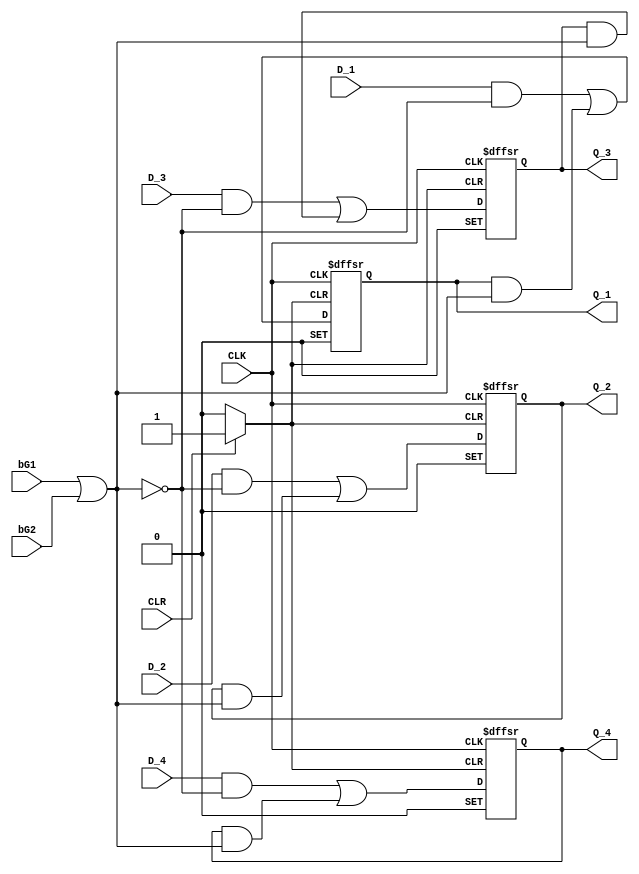
// Copyright (C) 2018  Intel Corporation. All rights reserved.
// Your use of Intel Corporation's design tools, logic functions 
// and other software and tools, and its AMPP partner logic 
// functions, and any output files from any of the foregoing 
// (including device programming or simulation files), and any 
// associated documentation or information are expressly subject 
// to the terms and conditions of the Intel Program License 
// Subscription Agreement, the Intel Quartus Prime License Agreement,
// the Intel FPGA IP License Agreement, or other applicable license
// agreement, including, without limitation, that your use is for
// the sole purpose of programming logic devices manufactured by
// Intel and sold by Intel or its authorized distributors.  Please
// refer to the applicable agreement for further details.

// PROGRAM		"Quartus Prime"
// VERSION		"Version 18.1.0 Build 625 09/12/2018 SJ Lite Edition"
// CREATED		"Sat Dec 11 20:33:05 2021"

module IC_74LS173_RTL(
	bG1,
	bG2,
	CLK,
	CLR,
	D_1,
	D_2,
	D_3,
	D_4,
	Q_1,
	Q_2,
	Q_3,
	Q_4
);


input wire	bG1;
input wire	bG2;
input wire	CLK;
input wire	CLR;
input wire	D_1;
input wire	D_2;
input wire	D_3;
input wire	D_4;
output wire	Q_1;
output wire	Q_2;
output wire	Q_3;
output wire	Q_4;

reg	DFF_DFF_1;
wire	SYNTHESIZED_WIRE_29;
wire	SYNTHESIZED_WIRE_30;
reg	DFF_D_FF2;
reg	DFF_D_FF3;
reg	DFF_D_FF4;
wire	SYNTHESIZED_WIRE_31;
wire	SYNTHESIZED_WIRE_9;
wire	SYNTHESIZED_WIRE_32;
wire	SYNTHESIZED_WIRE_12;
wire	SYNTHESIZED_WIRE_15;
wire	SYNTHESIZED_WIRE_18;
wire	SYNTHESIZED_WIRE_21;
wire	SYNTHESIZED_WIRE_22;
wire	SYNTHESIZED_WIRE_23;
wire	SYNTHESIZED_WIRE_24;
wire	SYNTHESIZED_WIRE_25;
wire	SYNTHESIZED_WIRE_26;
wire	SYNTHESIZED_WIRE_27;
wire	SYNTHESIZED_WIRE_28;

assign	Q_1 = DFF_DFF_1;
assign	Q_2 = DFF_D_FF2;
assign	Q_3 = DFF_D_FF3;
assign	Q_4 = DFF_D_FF4;
assign	SYNTHESIZED_WIRE_32 = 1;



assign	SYNTHESIZED_WIRE_22 = DFF_DFF_1 & SYNTHESIZED_WIRE_29;

assign	SYNTHESIZED_WIRE_21 = D_1 & SYNTHESIZED_WIRE_30;

assign	SYNTHESIZED_WIRE_24 = DFF_D_FF2 & SYNTHESIZED_WIRE_29;

assign	SYNTHESIZED_WIRE_23 = D_2 & SYNTHESIZED_WIRE_30;

assign	SYNTHESIZED_WIRE_26 = DFF_D_FF3 & SYNTHESIZED_WIRE_29;

assign	SYNTHESIZED_WIRE_25 = D_3 & SYNTHESIZED_WIRE_30;

assign	SYNTHESIZED_WIRE_28 = DFF_D_FF4 & SYNTHESIZED_WIRE_29;

assign	SYNTHESIZED_WIRE_27 = D_4 & SYNTHESIZED_WIRE_30;

assign	SYNTHESIZED_WIRE_30 = ~(bG1 | bG2);


always@(posedge CLK or negedge SYNTHESIZED_WIRE_31 or negedge SYNTHESIZED_WIRE_32)
begin
if (!SYNTHESIZED_WIRE_31)
	begin
	DFF_D_FF2 <= 0;
	end
else
if (!SYNTHESIZED_WIRE_32)
	begin
	DFF_D_FF2 <= 1;
	end
else
	begin
	DFF_D_FF2 <= SYNTHESIZED_WIRE_9;
	end
end


always@(posedge CLK or negedge SYNTHESIZED_WIRE_31 or negedge SYNTHESIZED_WIRE_32)
begin
if (!SYNTHESIZED_WIRE_31)
	begin
	DFF_D_FF3 <= 0;
	end
else
if (!SYNTHESIZED_WIRE_32)
	begin
	DFF_D_FF3 <= 1;
	end
else
	begin
	DFF_D_FF3 <= SYNTHESIZED_WIRE_12;
	end
end


always@(posedge CLK or negedge SYNTHESIZED_WIRE_31 or negedge SYNTHESIZED_WIRE_32)
begin
if (!SYNTHESIZED_WIRE_31)
	begin
	DFF_D_FF4 <= 0;
	end
else
if (!SYNTHESIZED_WIRE_32)
	begin
	DFF_D_FF4 <= 1;
	end
else
	begin
	DFF_D_FF4 <= SYNTHESIZED_WIRE_15;
	end
end


always@(posedge CLK or negedge SYNTHESIZED_WIRE_31 or negedge SYNTHESIZED_WIRE_32)
begin
if (!SYNTHESIZED_WIRE_31)
	begin
	DFF_DFF_1 <= 0;
	end
else
if (!SYNTHESIZED_WIRE_32)
	begin
	DFF_DFF_1 <= 1;
	end
else
	begin
	DFF_DFF_1 <= SYNTHESIZED_WIRE_18;
	end
end


assign	SYNTHESIZED_WIRE_29 =  ~SYNTHESIZED_WIRE_30;

assign	SYNTHESIZED_WIRE_31 =  ~CLR;

assign	SYNTHESIZED_WIRE_18 = SYNTHESIZED_WIRE_21 | SYNTHESIZED_WIRE_22;

assign	SYNTHESIZED_WIRE_9 = SYNTHESIZED_WIRE_23 | SYNTHESIZED_WIRE_24;

assign	SYNTHESIZED_WIRE_12 = SYNTHESIZED_WIRE_25 | SYNTHESIZED_WIRE_26;

assign	SYNTHESIZED_WIRE_15 = SYNTHESIZED_WIRE_27 | SYNTHESIZED_WIRE_28;


endmodule